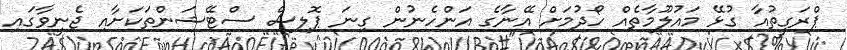
ޕްރަގީތުއާ ގުޅޭ މައުލޫމާތެއް ހޯދުމަށް އޭނާގެ އަންހެނުން ގިނަ ޕޮލިސް ސްޓޭޝަންތަކަށާއި ޖެނީވާގައި